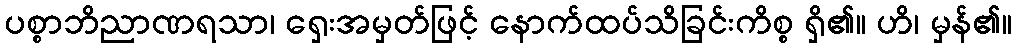
ပစ္စာဘိညာဏရသာ၊ ရှေးအမှတ်ဖြင့် နောက်ထပ်သိခြင်းကိစ္စ ရှိ၏။ ဟိ၊ မှန်၏။